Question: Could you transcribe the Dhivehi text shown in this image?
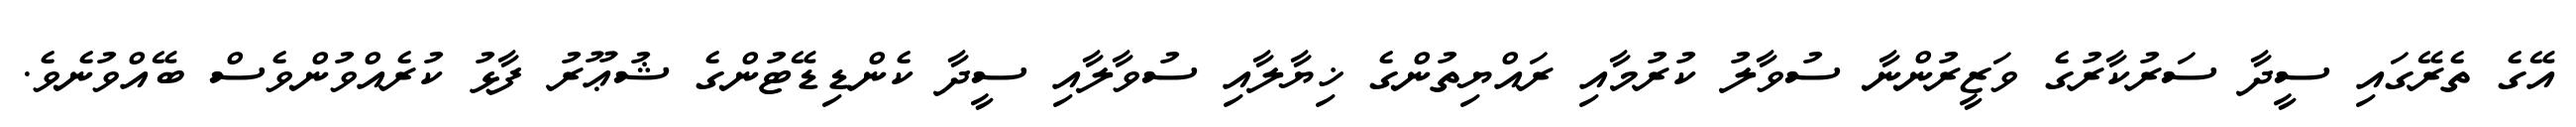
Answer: އޭގެ ތެރޭގައި ސީދާ ސަރުކާރުގެ ވަޒީރުންނާ ސުވާލު ކުރުމާއި ރައްޔިތުންގެ ޚިޔާލާއި ސުވާލާއި ސީދާ ކެންޑިޑޭޓުންގެ ޝުޢޫރު ފާޅު ކުރެއްވުންވެސް ބޭއްވުނެވެ.